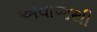
અવાજથી